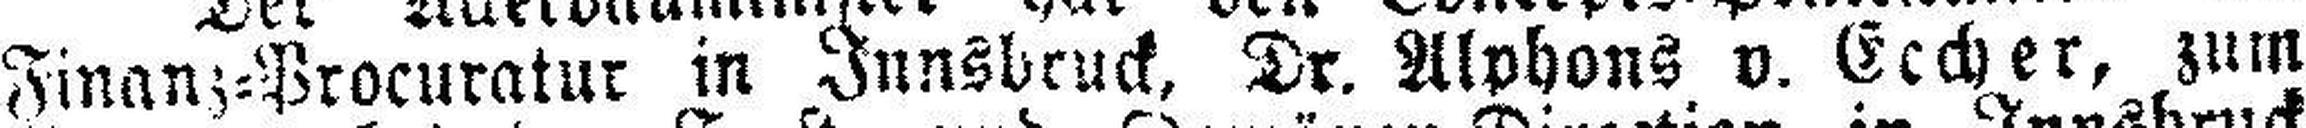
Finanz=Procuratur in Innsbruck, Dr. Alphons v. Eccher, zum